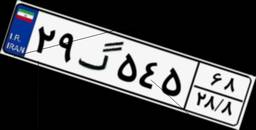
۲۹گ۵۴۵۶۸